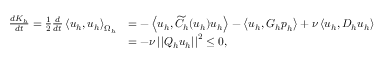
\begin{array} { r l } { \frac { d K _ { h } } { d t } = \frac { 1 } { 2 } \frac { d } { d t } \left< \boldsymbol { u } _ { h } , \boldsymbol { u } _ { h } \right> _ { \Omega _ { h } } } & { = - \left< \boldsymbol { u } _ { h } , \widetilde { C } _ { h } ( \boldsymbol { u } _ { h } ) \boldsymbol { u } _ { h } \right> - \left< \boldsymbol { u } _ { h } , G _ { h } \boldsymbol { p } _ { h } \right> + \nu \left< \boldsymbol { u } _ { h } , D _ { h } \boldsymbol { u } _ { h } \right> } \\ & { = - \nu \left| \left| Q _ { h } \boldsymbol { u } _ { h } \right| \right| ^ { 2 } \leq 0 , } \end{array}